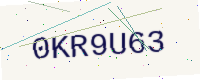
Text: 0KR9U63